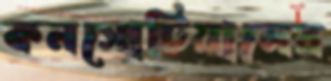
কনসোটিয়ামের